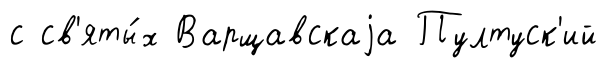
с св'яты́х Варщавскаjа Пултуск'ий